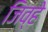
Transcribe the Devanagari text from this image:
जिव्हे